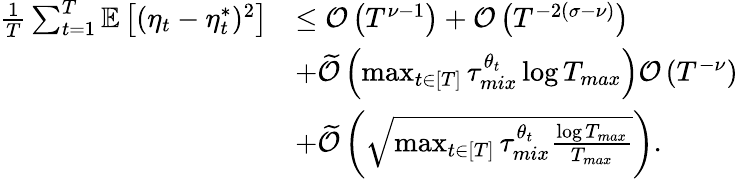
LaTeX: \begin{array}{rl}{\frac{1}{T}\sum_{t=1}^{T}\mathbb{E}\left[(\eta_{t}-\eta_{t}^{*})^{2}\right]}&{\leq\mathcal{O}\left(T^{\nu-1}\right)+\mathcal{O}\left(T^{-2(\sigma-\nu)}\right)}\\ &{+\widetilde{\mathcal{O}}\left(\operatorname*{max}_{t\in[T]}\tau_{mix}^{\theta_{t}}\log T_{max}\right)\mathcal{O}\left(T^{-\nu}\right)}\\ &{+\widetilde{\mathcal{O}}\left(\sqrt{\operatorname*{max}_{t\in[T]}\tau_{mix}^{\theta_{t}}\frac{\log T_{max}}{T_{max}}}\right).}\end{array}